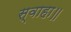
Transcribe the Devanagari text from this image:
स्वाहा॥